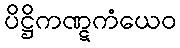
ပိဋ္ဌိကဏ္ဋကံယေဝ